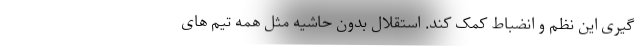
گیری این نظم و انضباط کمک کند. استقلال بدون حاشیه مثل همه تیم های